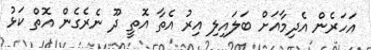
އަހަރެން އެދިމާއަށް ބަލައިލި އިރު އެތާ އޮތީ ދޫ ނެރެގެން އޮތް ކަޅު